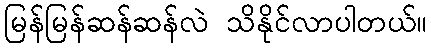
မြန်မြန်ဆန်ဆန်လဲ သိနိုင်လာပါတယ်။